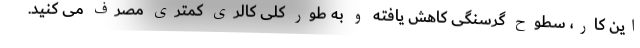
این کار، سطوح گرسنگی کاهش یافته و به طور کلی کالری کمتری مصرف می کنید.